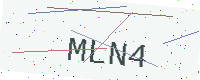
Text: MLN4